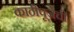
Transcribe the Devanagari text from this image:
काठीपूजेची